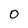
Character: 0